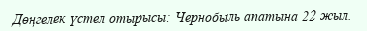
Дөңгелек үстел отырысы: Чернобыль апатына 22 жыл.